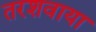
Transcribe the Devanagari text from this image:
तरशवाया